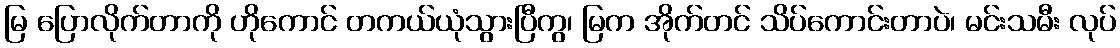
မြ ပြောလိုက်တာကို ဟိုကောင် တကယ်ယုံသွားပြီကွ၊ မြက အိုက်တင် သိပ်ကောင်းတာပဲ၊ မင်းသမီး လုပ်